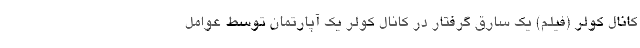
کانال کولر (فیلم) یک سارق گرفتار در کانال کولر یک آپارتمان توسط عوامل